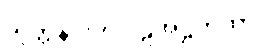
သုတ္တနိပါတပါဠိအဋ္ဌကထာ